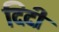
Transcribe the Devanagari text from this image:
दिदी